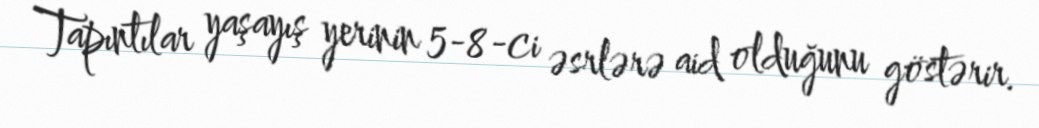
Tapıntılar yaşayış yerinin 5-8-ci əsrlərə aid olduğunu göstərir.